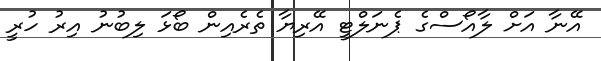
އޭނާ އަށް ލާއޯސްގެ ޕެނަލްޓީ އޭރިޔާ ތެރެއިން ބޯޅަ ލިބުނު އިރު ހުރީ